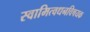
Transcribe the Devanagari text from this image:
स्वामित्वधनविषयक